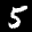
Label: 5